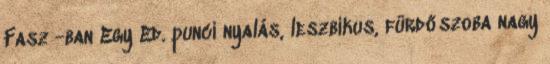
Fasz -ban Egy Ed. punci nyalás, leszbikus, fürdőszoba nagy